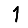
Digit: 1